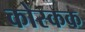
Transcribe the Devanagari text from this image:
कोस्कक